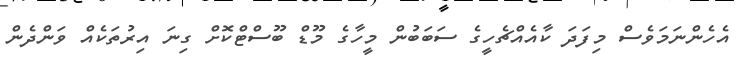
އެހެންނަމަވެސް މިފަދަ ކާއެއްޗެހީގެ ސަބަބުން މީހާގެ މޫޑް ބޫސްޓްކޮށް ގިނަ އިރުތަކެއް ވަންދެން